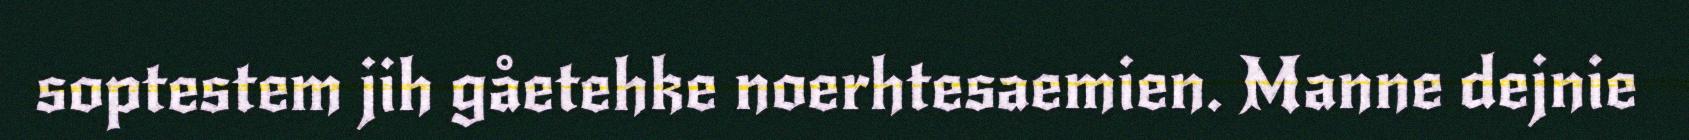
soptestem jih gåetehke noerhtesaemien. Manne dejnie